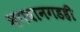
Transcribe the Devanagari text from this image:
भगवानगडही